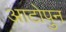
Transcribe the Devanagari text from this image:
आटोपुन